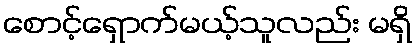
စောင့်ရှောက်မယ့်သူလည်း မရှိ